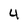
Character: 4